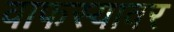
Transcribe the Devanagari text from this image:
वाफस्यावर